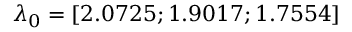
\lambda _ { 0 } = [ 2 . 0 7 2 5 ; 1 . 9 0 1 7 ; 1 . 7 5 5 4 ]